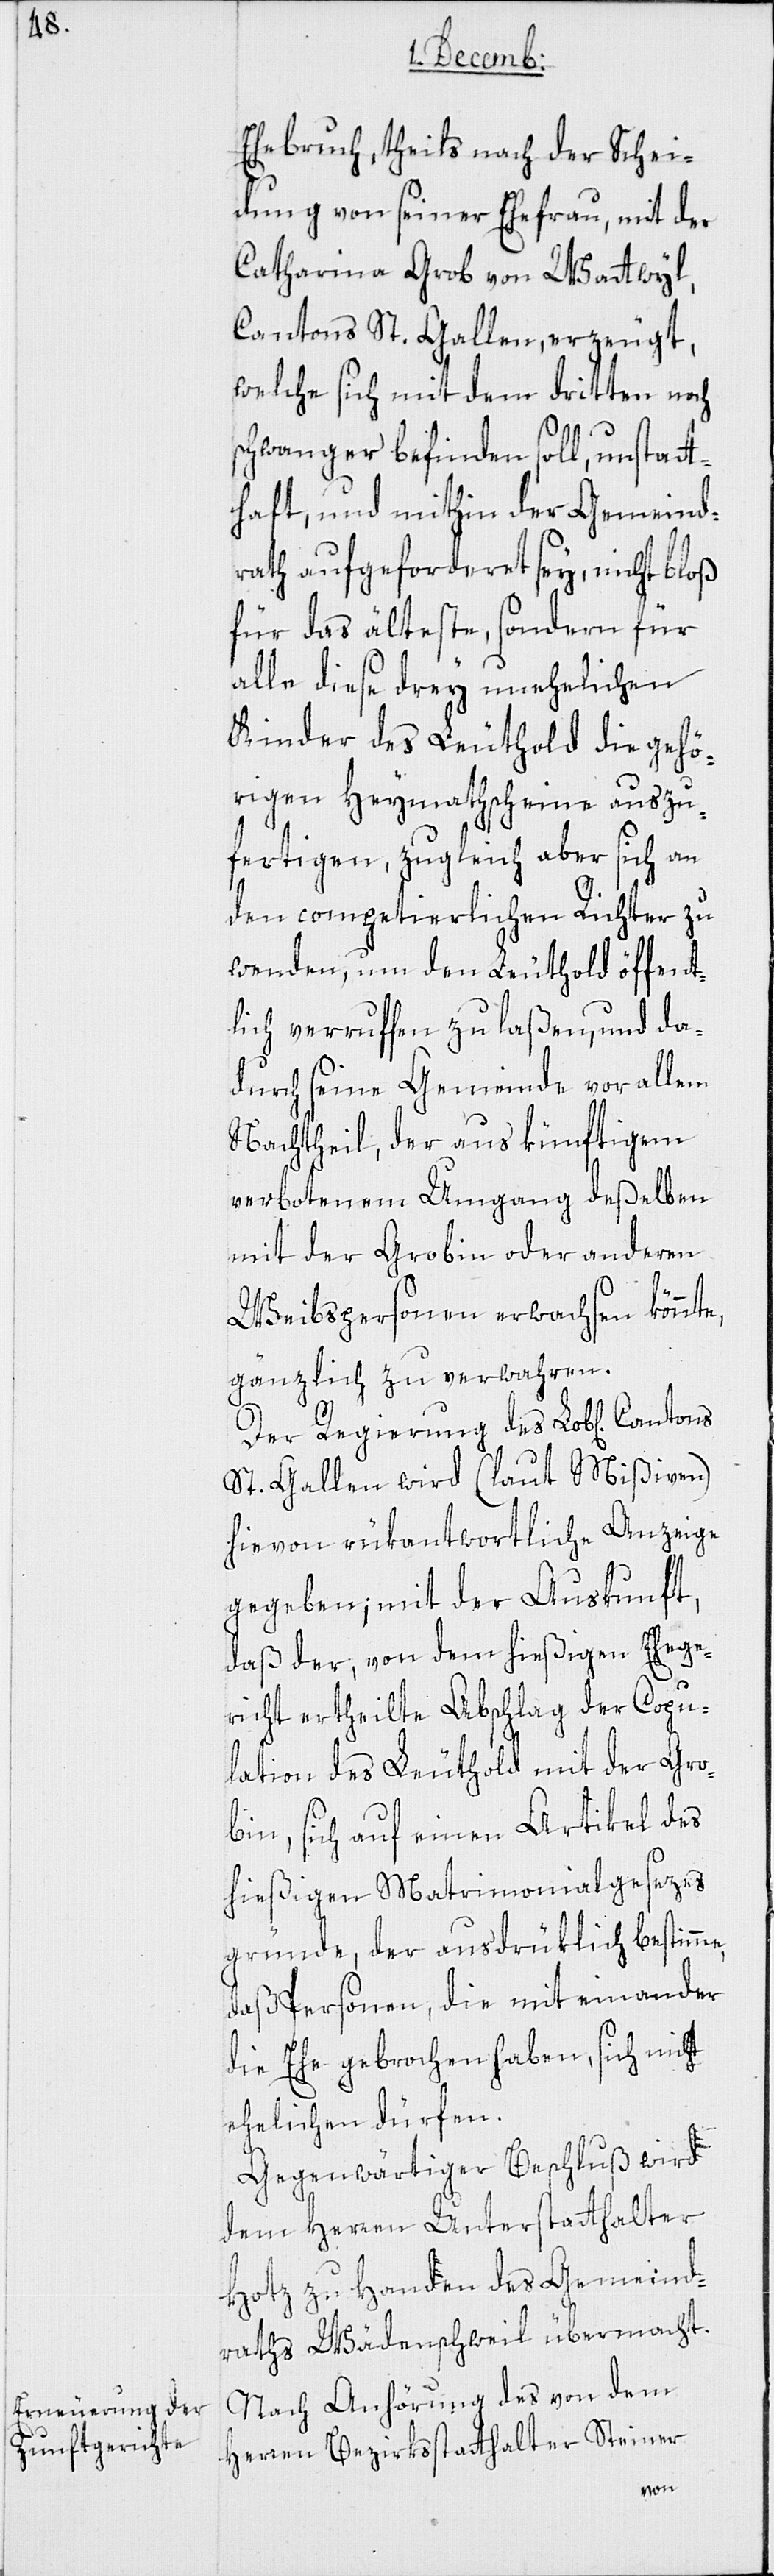
Ehebruch, theils nach der Schei¬
dung von seiner Ehefrau, mit der
Catharina Grob von Wattwyl,
Cantons St. Gallen, erzeugt,
welche sich mit dem dritten noch
schwanger befinden soll, unstat¬
thaft, und mithin der Gemeind¬
rath aufgefordert sey, nicht bloß
für das älteste, sondern für
alle dieße drey unehelichen
Kinder des Leuthold die gehö¬
rigen Heymathscheine auszu¬
fertigen, zugleich aber sich an
den competierlichen Richter zu
wenden, um den Leuthold öffent¬
lich verruffen zu laßen, und da¬
durch seine Gemeinde vor allem
Nachtheil, der aus künftigem
verbotenem Umgang deßelben
mit der Grobin oder anderen
Weibspersonen erwachsen könnte,
gänzlich zu verwahren.
Der Regierung des Lob[lichen]
St. Gallen wird (laut Mißiven)
hievon rükantwortliche Anzeige
gegeben; mit der Auskunft,
daß der, von dem hießigen Ehege¬
richt ertheilte Abschlag der Copu¬
lation des Leuthold mit der Gro¬
bin, sich auf einen Artikel des
hießigen Matrimonialgesezes
gründe, der ausdrüklich bestimme,
daß Personen, die miteinander
die Ehe gebrochen haben, sich nicht
ehelichen dürfen.
Gegenwärtiger Beschluß wird
dem Herren Unterstatthalter
Hotz zu Handen des Gemeind¬
raths Wädenschweil übermacht.
Nach Anhörung des von dem
Herren Bezirksstatthalter Steiner